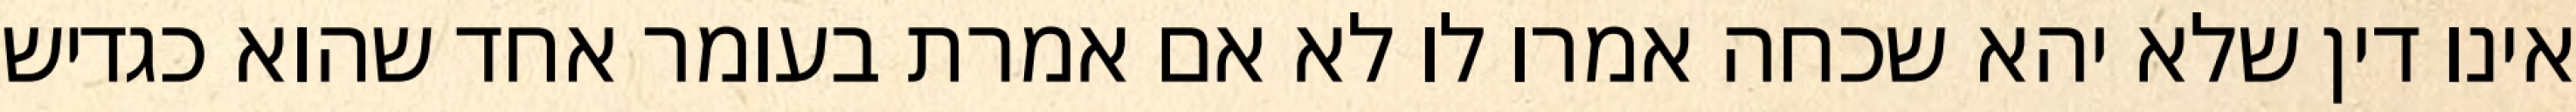
אינו דין שלא יהא שכחה אמרו לו לא אם אמרת בעומר אחד שהוא כגדיש